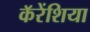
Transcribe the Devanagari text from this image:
कॅरेंशिया